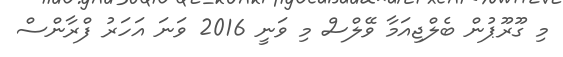
މި ގޫރޫޕުން ބެލްޖިއަމާ ވޭލްސް މި ވަނީ 2016 ވަނަ އަހަރު ފްރާންސް